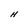
Character: H